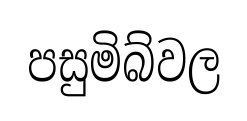
පසුමිබ්වල